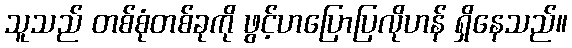
သူသည် တစ်စုံတစ်ခုကို ဖွင့်ဟပြောပြလိုဟန် ရှိနေသည်။